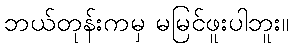
ဘယ်တုန်းကမှ မမြင်ဖူးပါဘူး။